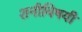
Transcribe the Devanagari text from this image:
शनीविषयी